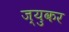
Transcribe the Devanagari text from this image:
ज्युकर